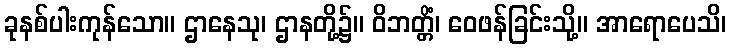
ခုနစ်ပါးကုန်သော။ ဌာနေသု၊ ဌာနတို့၌။ ဝိဘတ္တိံ၊ ဝေဖန်ခြင်းသို့။ အာရောပေသိ၊